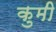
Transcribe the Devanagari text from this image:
कुमी